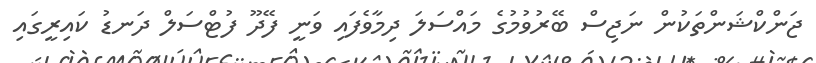
ޖަންކްޝަންތަކުން ނަޖިސް ބޭރުވުމުގެ މައްސަލަ ދިމާވެފައި ވަނީ ފޭދޫ ފުޓްސަލް ދަނޑު ކައިރީގައި